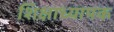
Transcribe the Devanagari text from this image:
शिक्षाध्यापक